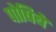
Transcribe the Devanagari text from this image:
पोषिबे